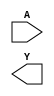
`timescale 1 ns/100 ps
// Version: 


module HS_IO_CLK(
       A,
       Y
    ) ;
/* synthesis syn_black_box

syn_tpd0 = " A->Y = 1.384"
*/
/* synthesis black_box_pad_pin ="" */
input  A;
output Y;

endmodule